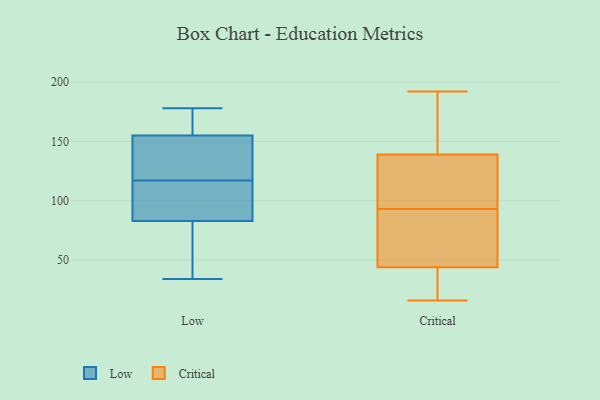
{"axis": {"x": "Backlog", "y": "Value"}, "legend": ["Critical", "Low"], "data": [{"x": "", "y": 81, "type": "Low"}, {"x": "", "y": 178, "type": "Low"}, {"x": "", "y": 92, "type": "Low"}, {"x": "", "y": 146, "type": "Low"}, {"x": "", "y": 83, "type": "Low"}, {"x": "", "y": 34, "type": "Low"}, {"x": "", "y": 155, "type": "Low"}, {"x": "", "y": 142, "type": "Low"}, {"x": "", "y": 155, "type": "Low"}, {"x": "", "y": 90, "type": "Low"}, {"x": "", "y": 116, "type": "Critical"}, {"x": "", "y": 34, "type": "Critical"}, {"x": "", "y": 192, "type": "Critical"}, {"x": "", "y": 71, "type": "Critical"}, {"x": "", "y": 44, "type": "Critical"}, {"x": "", "y": 178, "type": "Critical"}, {"x": "", "y": 82, "type": "Critical"}, {"x": "", "y": 104, "type": "Critical"}, {"x": "", "y": 40, "type": "Critical"}, {"x": "", "y": 134, "type": "Critical"}, {"x": "", "y": 169, "type": "Critical"}, {"x": "", "y": 69, "type": "Critical"}, {"x": "", "y": 139, "type": "Critical"}, {"x": "", "y": 16, "type": "Critical"}]}